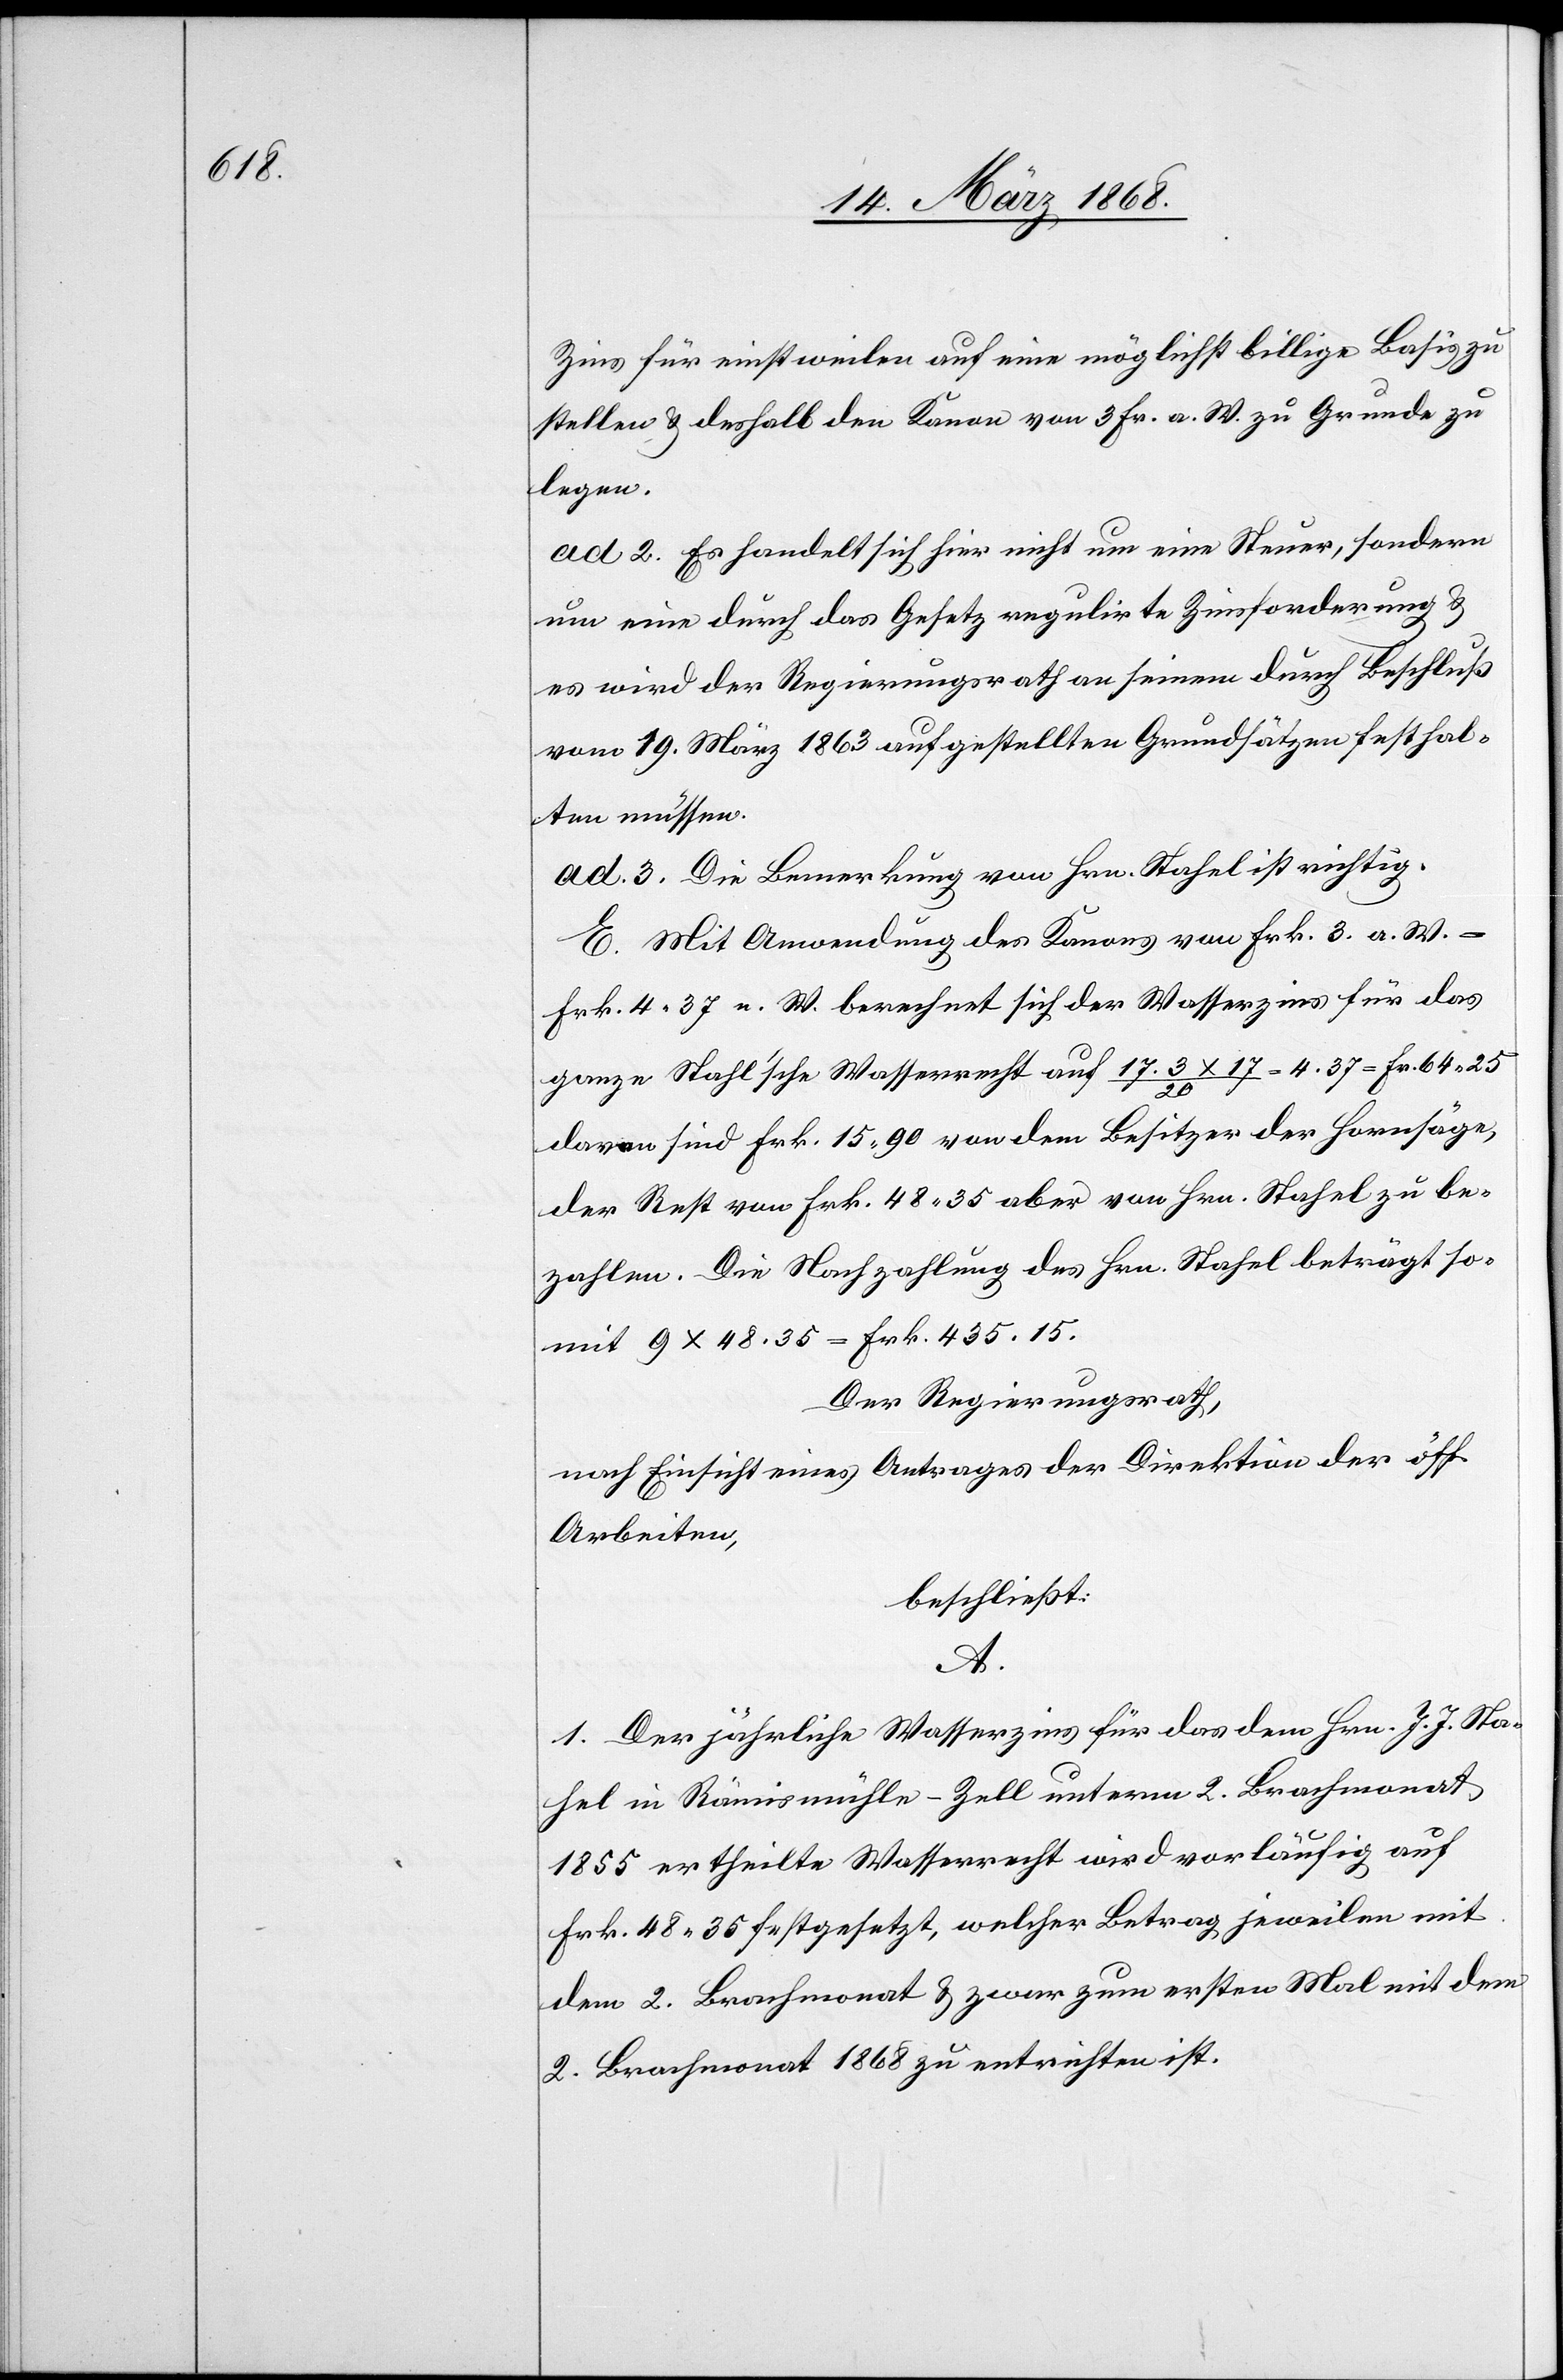
Zins für einstweilen auf eine möglichst billige Basis zu
stellen & deshalb den Kanon von 3 Fr. a. W. zu Grunde zu
legen.
ad 2. Es handelt sich hier nicht um eine Steuer, sondern
um eine durch das Gesetz regulirte Zinsforderung &
es wird der Regierungsrath an seinem [sic!] durch Beschluß
vom 19. März 1863 aufgestellten Grundsätzen festhal¬
ten müssen.
ad. 3. Die Bemerkung von Hrn. Stahel ist richtig.
E. Mit Anwendung des Kanons von Frk. 3. a. W. =
Frk. 4. 37 n. W. berechnet sich der Wasserzins für das
ganze Stah[e]l’sche Wasserrecht auf 17.3 x 17 / 20 = 4. 37 = Fr. 64. 25
davon sind Frk. 15. 90 von dem Besitzer der Hornsäge,
der Rest von Frk. 48. 35 aber von Hrn. Stahel zu be¬
zahlen. Die Nachzahlung des Hrn. Stahel beträgt so¬
mit 9 x 48. 35 = Frk. 435. 15.
Der Regierungsrath,
nach Einsicht eines Antrages der Direktion der öff.
Arbeiten,
beschließt:
A.
1. Der jährliche Wasserzins für das dem Hrn. J. J. Sta¬
hel in Rämismühle-Zell unterm 2. Brachmonat
1855 ertheilte Wasserrecht wird vorläufig auf
Frk. 48. 35 festgesetzt, welcher Betrag jeweilen mit
dem 2. Brachmonat & zwar zum ersten Mal mit dem
2. Brachmonat 1868 zu entrichten ist.